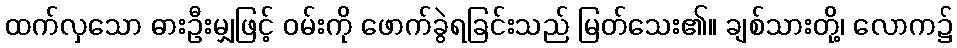
ထက်လှသော ဓားဦးမျှဖြင့် ဝမ်းကို ဖောက်ခွဲရခြင်းသည် မြတ်သေး၏။ ချစ်သားတို့၊ လောက၌